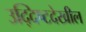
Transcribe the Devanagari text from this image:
उद्दिष्टदेखील